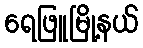
ရေဖြူမြို့နယ်